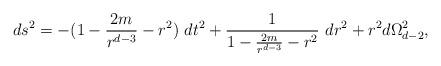
LaTeX: \begin{align*}ds^2=-(1-\frac{2m}{r^{d-3}}-r^2)\ dt^2 +\frac{1}{1-\frac{2m}{r^{d-3}}-r^2}\ dr^2+r^2 d\Omega_{d-2}^2,\end{align*}